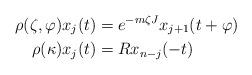
LaTeX: \begin{align*}\rho(\zeta,\varphi)x_{j}(t) & =e^{-m\zeta J}x_{j+1}(t+\varphi)\\\rho(\kappa)x_{j}(t) & =Rx_{n-j}(-t)\end{align*}